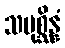
သမုစ္ဆိန္နံ